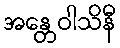
အန္တေဝါသိနီ